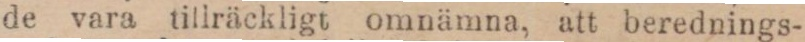
de vara tillräckligt omnämna, att berednings-